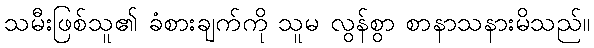
သမီးဖြစ်သူ၏ ခံစားချက်ကို သူမ လွန်စွာ စာနာသနားမိသည်။